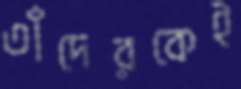
তাঁদেরকেই